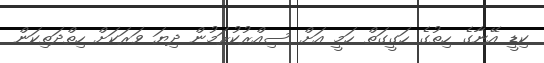
ކިޑީ އޭނާގެ ހިތުގެ ހަގީގަތް ހަމީ އަށް ސިއްރުކުރަމުން ދިޔަ ވަރަކަށް ހިތްދަތިކަން